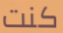
كنت